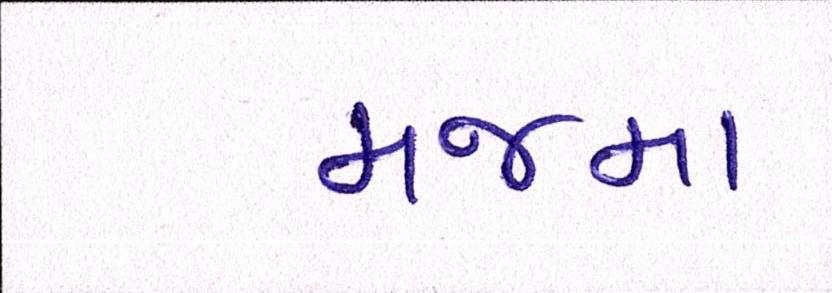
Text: મજમા